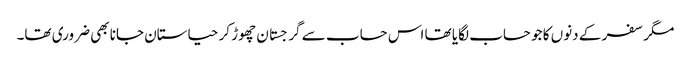
مگر سفر کے دنوں کا جو حساب لگایا تھا اس حساب سے گرجستان چھوڑ کر حیاستان جانا بھی ضروری تھا۔